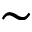
\sim